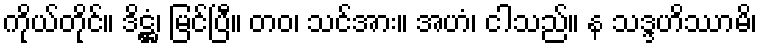
ကိုယ်တိုင်။ ဒိဋ္ဌံ၊ မြင်ပြီ။ တဝ၊ သင်အား။ အဟံ၊ ငါသည်။ န သဒ္ဒဟိဿာမိ၊